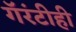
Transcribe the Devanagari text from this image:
गॅरंटीही